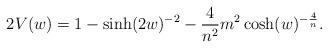
LaTeX: \begin{align*}2V(w)=1-\sinh (2w)^{-2} - \frac{4}{n^{2}}m^{2}\cosh (w)^{-\frac{4}{n}}.\end{align*}